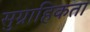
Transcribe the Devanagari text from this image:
सुग्राहिकता